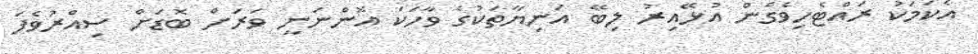
އެކަމަކު ރައްޓެހިވެގެން އުޅޭއިރު ލިބޭ އަނިޔާތަކުގެ ވާހަކަ އޮންނަނީ ވަރަށް ބޮޑަށް ސިއްރުވެފަ